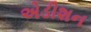
એડીશન